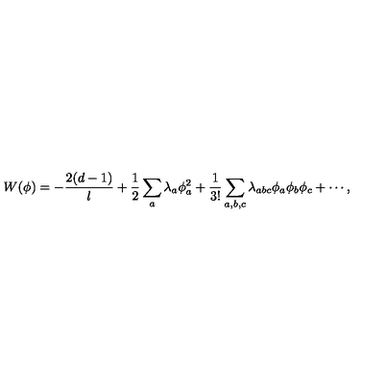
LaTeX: W ( \phi ) = - \frac { 2 ( d - 1 ) } { l } + { \frac { 1 } { 2 } } \sum _ { a } \lambda _ { a } \phi _ { a } ^ { 2 } + \frac { 1 } { 3 ! } \sum _ { a , b , c } \lambda _ { a b c } \phi _ { a } \phi _ { b } \phi _ { c } + \cdots ,